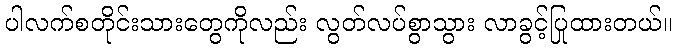
ပါလက်စတိုင်းသားတွေကိုလည်း လွတ်လပ်စွာသွား လာခွင့်ပြုထားတယ်။